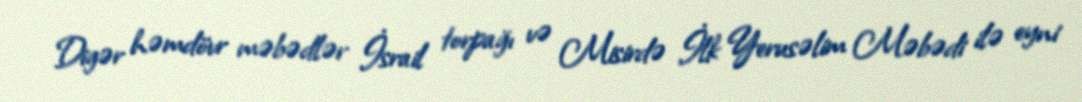
Digər həmdövr məbədlər İsrail torpağı və Misirdə İlk Yerusəlim Məbədi ilə eyni